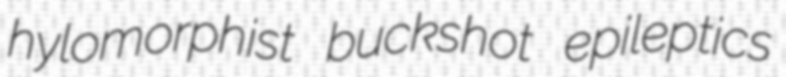
hylomorphist buckshot epileptics